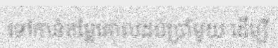
ទៅកាន់តម្លៃគោលដប់ប្រាំមួយ ដើម្បី